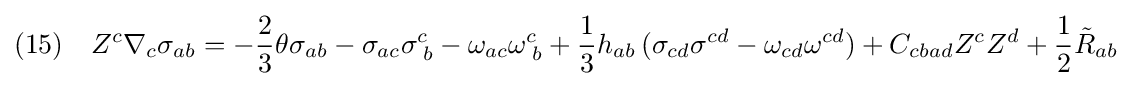
(15)\quad Z^{c}\nabla _{c}\sigma _{ab}=-{\frac {2}{3}}\theta \sigma _{ab}-\sigma _{ac}\sigma _{\;b}^{c}-\omega _{ac}\omega _{\;b}^{c}+{\frac {1}{3}}h_{ab}\,(\sigma _{cd}\sigma ^{cd}-\omega _{cd}\omega ^{cd})+C_{cbad}Z^{c}Z^{d}+{\frac {1}{2}}{\tilde {R}}_{ab}